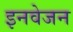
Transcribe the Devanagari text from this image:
इनवेजन